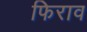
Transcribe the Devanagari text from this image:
फिराव